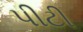
પીટી